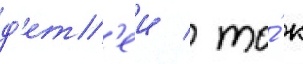
д'ет'еи / то́ к